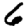
Digit: 6